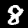
Digit: 8